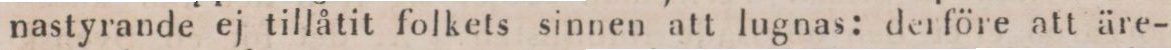
nastyrande ej tillåtit folkets sinnen att lugnas: derföre att äre-